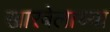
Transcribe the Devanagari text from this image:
खारवेलाच्या